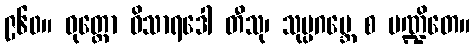
၉၆၀။ ဝုတ္တော ဝိသာရဒေါ တီသု၊ သုပ္ပဂဗ္ဘေ စ ပဏ္ဍိတေ။